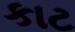
કાટ